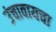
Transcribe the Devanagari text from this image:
उंचावायचा